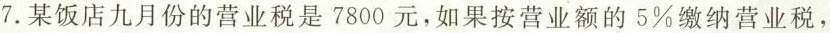
7.某饭店九月份的营业税是7800元，如果按营业额的5%缴纳营业税，